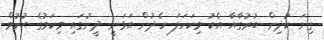
ގިނަ ކުދިން ބުރުގާއާ އެކު މިކަހަލަ ހެދުން އަޅަނީ ދީނުގައި މިކަމުގެ ޙުކުމް